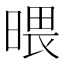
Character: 𣉍